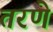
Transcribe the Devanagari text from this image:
तरणे